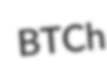
BTCh